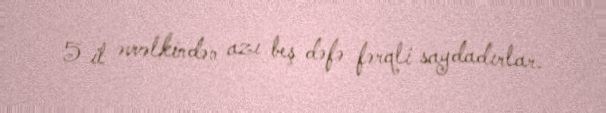
5 il əvvəlkindən azı beş dəfə fərqli saydadırlar.